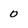
Character: 0